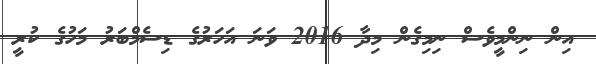
އިން ނިންމީވެސް ނިމިގެން މިދާ 2016 ވަނަ އަހަރުގެ ޑިސެމްބަރު މަހުގެ ކުރީ